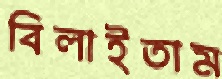
বিলাইতাম